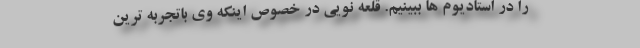
را در استادیوم ها ببینیم. قلعه نویی در خصوص اینکه وی باتجربه ترین